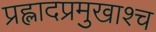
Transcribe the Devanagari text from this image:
प्रह्लादप्रमुखाश्च